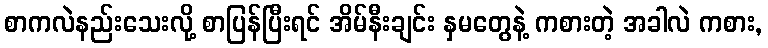
စာကလဲနည်းသေးလို့ စာပြန်ပြီးရင် အိမ်နီးချင်း နှမတွေနဲ့ ကစားတဲ့ အခါလဲ ကစား,